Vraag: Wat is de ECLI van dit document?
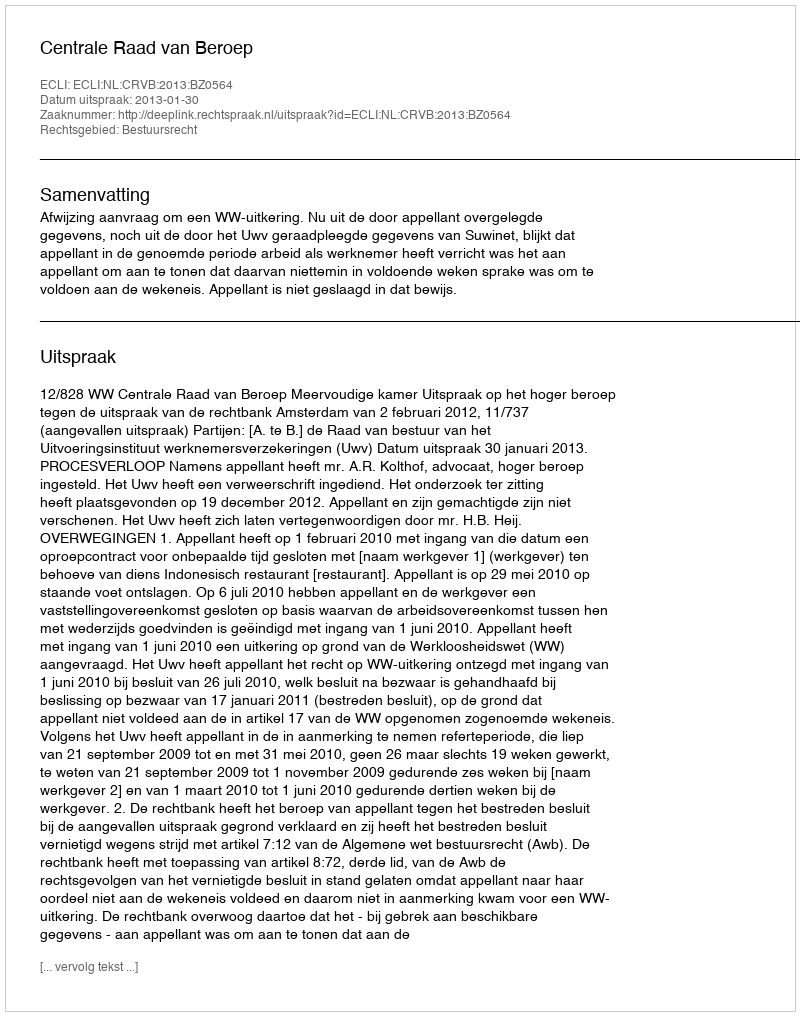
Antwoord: ECLI:NL:CRVB:2013:BZ0564